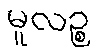
မူလဉ္စ